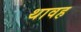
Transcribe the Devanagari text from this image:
थावह